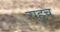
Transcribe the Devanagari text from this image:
राहूच